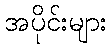
အပိုင်းများ